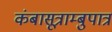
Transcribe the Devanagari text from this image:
कंबासूत्राम्बुपात्रं